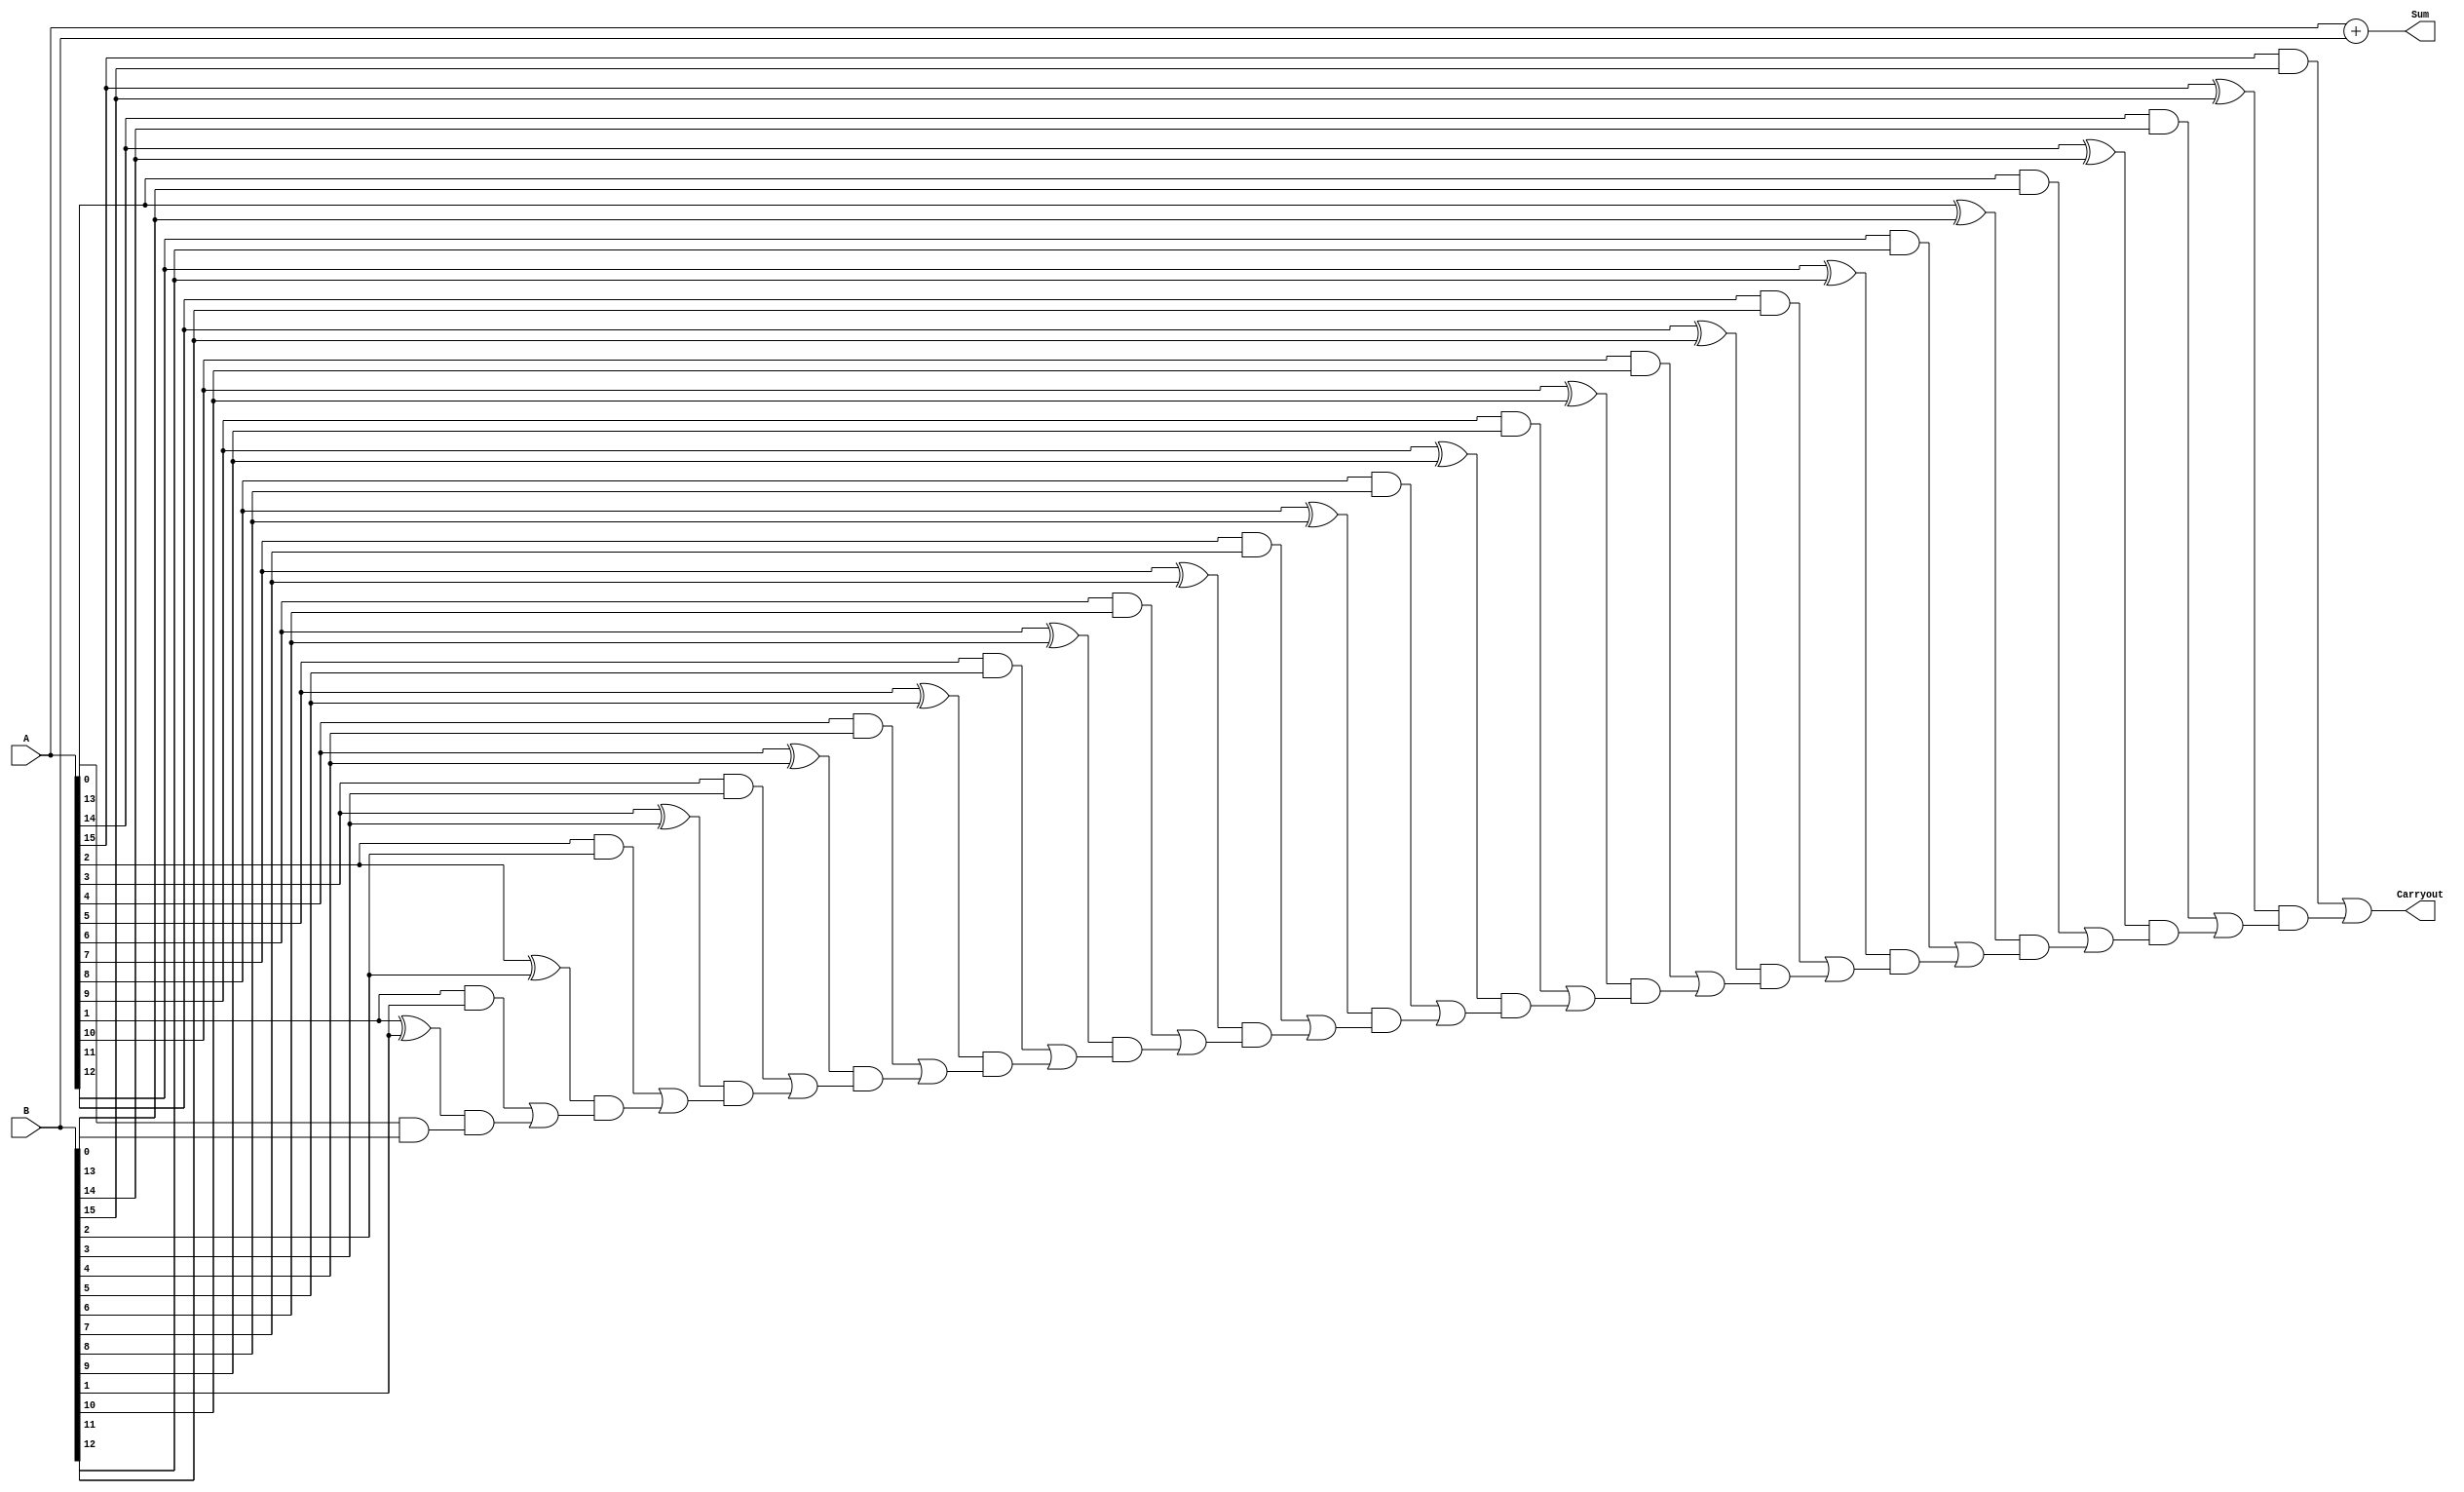
module BrentKungAdder (
    input wire [15:0] A,
    input wire [15:0] B,
    output wire [15:0] Sum,
    output wire Carryout
);

wire [15:0] P, G;

assign P[0] = A[0] ^ B[0];
assign G[0] = A[0] & B[0];

genvar i;
generate
    for (i = 1; i < 16; i = i + 1) begin
        assign P[i] = ~(~(A[i] ^ B[i]) & G[i-1]);
        assign G[i] = (A[i] & B[i]) | ((A[i] ^ B[i]) & G[i-1]);
    end
endgenerate

assign Sum = A + B;
assign Carryout = G[15];

endmodule